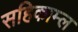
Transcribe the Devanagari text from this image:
सहिकाम्ल